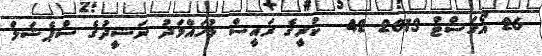
26 އޯގަސްޓް 2013 42  ކުރީގެ ރައީސް މުހައްމަދު ނަޝީދުގެ ސްޕެޝަލް